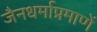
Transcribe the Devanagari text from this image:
जैनधर्माप्रमाणें